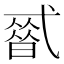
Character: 𰐒